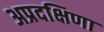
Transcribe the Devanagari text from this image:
अप्रदक्षिणा